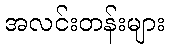
အလင်းတန်းများ